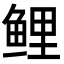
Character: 鲤